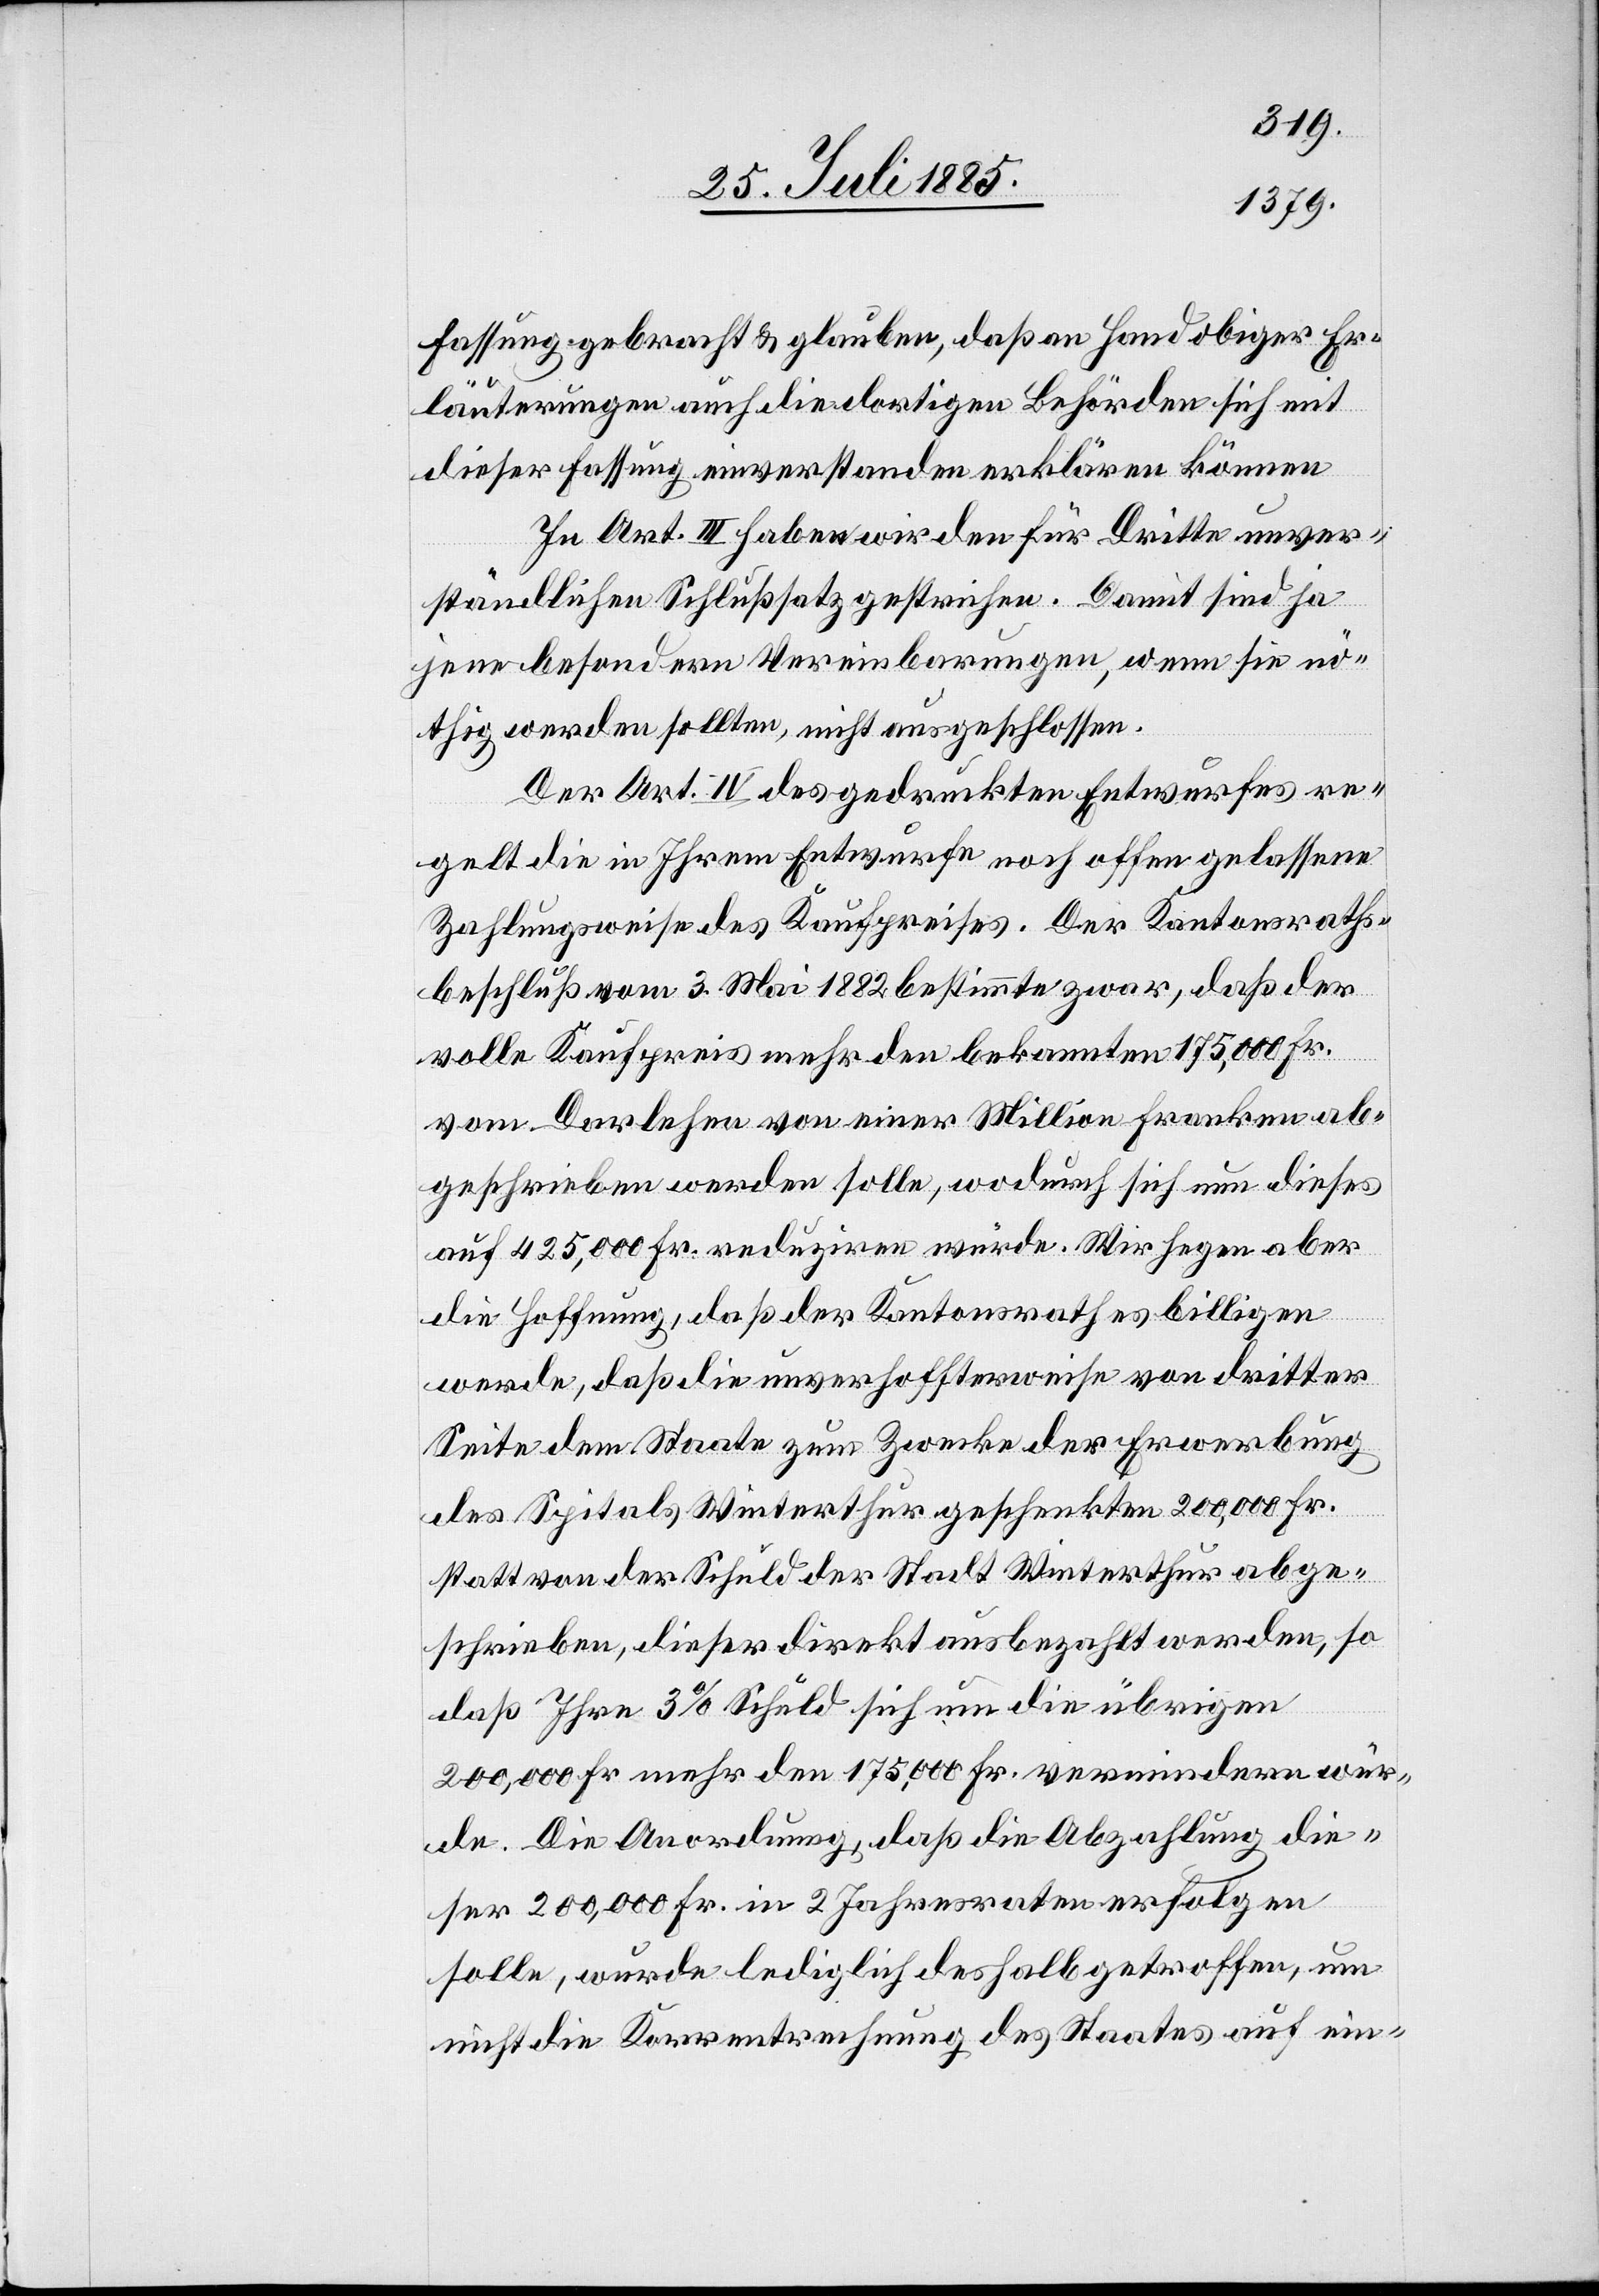
Fassung gebracht & glauben, daß an Hand obiger Er¬
läuterungen auch die dortigen Behörden sich mit
dieser Fassung einverstanden erklären können.
In Art. III haben wir den für Dritte unver¬
ständlichen Schlußsatz gestrichen. Damit sind ja
jene besondern Vereinbarungen, wenn sie nö¬
thig werden sollten, nicht ausgeschlossen.
Der Art. IV des gedruckten Entwurfes re¬
gelt die in Ihrem Entwurfe noch offen gelassene
Zahlungsweise des Kaufpreises. Der Kantonsraths¬
beschluß vom 3. Mai 1882 bestimmte zwar, daß der
volle Kaufpreis mehr den bekannten 175.000 Fr.
vom Darlehen von einer Million Franken ab¬
geschrieben werden solle, wodurch sich nun dieses
auf 425,000 Fr. reduziren würde. Wir heben aber
die Hoffnung, daß der Kantonsrath billigen
werde, daß die unverhoffterweise von dritter
Seite dem Staate zum Zwecke der Erwerbung
des Spitals Winterthur geschenkten 200,000 Fr.
statt von der Schuld der Stadt Winterthur abge¬
schrieben, dieser direkt ausbezahlt werden, so
daß Ihre 3% Schuld sich um die übrigen
200,000 Fr. mehr den 175,000 Fr. vermindern wür¬
de. Die Anordnung, daß die Abzahlung die¬
ser 200,000 Fr. in 2 Jahresraten erfolgen
solle, wurde lediglich deshalb getroffen, um
nicht die Korrentrechnung des Staates auf ein-